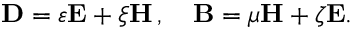
\mathbf { D } = \varepsilon \mathbf { E } + \xi \mathbf { H } \, , \quad \mathbf { B } = \mu \mathbf { H } + \zeta \mathbf { E } .